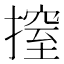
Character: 𢲼